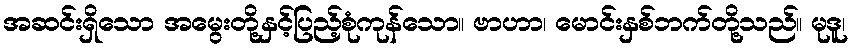
အဆင်းရှိသော အမွေးတို့နှင့်ပြည့်စုံကုန်သော။ ဗာဟာ၊ မောင်းနှစ်ဘက်တို့သည်။ မုဒူ၊